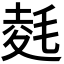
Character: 𭯛